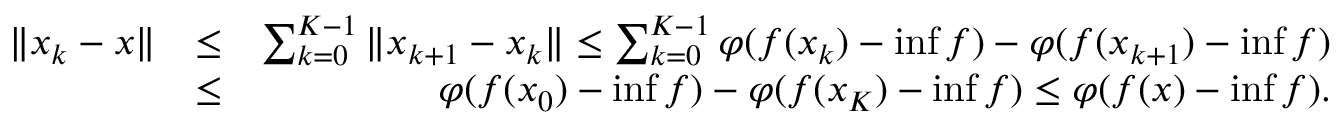
\begin{array} { r l r } { \Vert x _ { k } - x \Vert } & { \leq } & { \sum _ { k = 0 } ^ { K - 1 } \Vert x _ { k + 1 } - x _ { k } \Vert \leq \sum _ { k = 0 } ^ { K - 1 } \varphi ( f ( x _ { k } ) - \operatorname* { i n f } f ) - \varphi ( f ( x _ { k + 1 } ) - \operatorname* { i n f } f ) } \\ & { \leq } & { \varphi ( f ( x _ { 0 } ) - \operatorname* { i n f } f ) - \varphi ( f ( x _ { K } ) - \operatorname* { i n f } f ) \leq \varphi ( f ( x ) - \operatorname* { i n f } f ) . } \end{array}